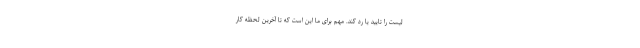
لیست را تایید یا رد کند. مهم برای ما این است که تا آخرین لحظه کار